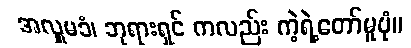
အလှူမခံ၊ ဘုရားရှင် ကလည်း ကဲ့ရဲ့တော်မူပုံ။